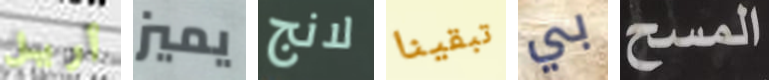
أريل يميز لانج تبقينا بي المسح